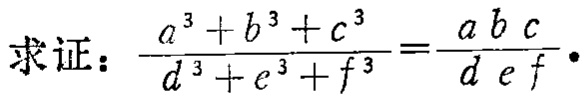
求证：\(\frac{a^{3}+b^{3}+c^{3}}{d^{3}+e^{3}+f^{3}}=\frac{a b c}{d e f}\)。